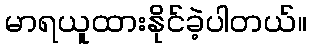
မာရယူထားနိုင်ခဲ့ပါတယ်။